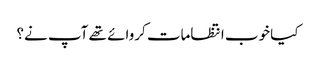
کیا خوب انتظامات کروائے تھے آپ نے؟